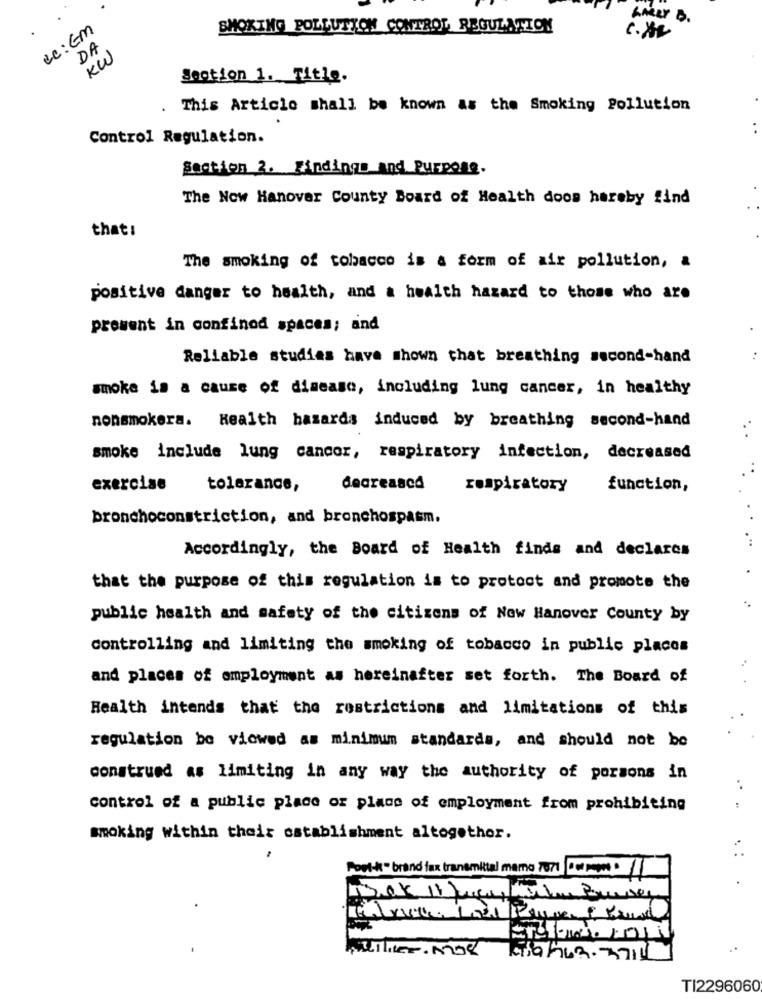
GARRY B .
cc:Em
SMOKING POLLUTION CONTROL REGULATION
DA
KW
Section 1. Title.
.
This Article shall be known as the Smoking Pollution
..
Control Regulation.
Section 2. Findings and Purpose.
The Now Hanover County Board of Health doos hereby find
that :
The smoking of tobacco is a form of air pollution, &
positive danger to health, and a health hazard to those who are
present in confinod spaces; and
Reliable studies have shown that breathing second-hand
smoke is a cause of disease, including lung cancer, in healthy
nonsmokera. Health hazards induced by breathing second-hand
smoke include lung cancer, respiratory infection, decreased
exercise
tolerance,
decreased
respiratory
function,
bronchoconstriction, and bronchospasm.
Accordingly, the Board of Health finds and declares
that the purpose of this regulation is to protect and promote the
public health and safety of the citizens of Now Hanover County by
controlling and limiting the smoking of tobacco in public places
and places of employment as hereinafter set forth. The Board of
Health intends that the restrictions and limitations of this
regulation be viewed as minimum standards, and should not be
construed as limiting in any way the authority of porsons in
. .
control of a public place or place of employment from prohibiting
smoking within their establishment altogether.
Post-k" brand fax transmittal mama 771 Correct
MiIller. MOR
TI2296060